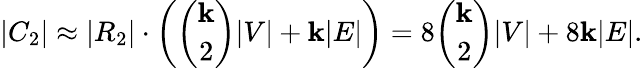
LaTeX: |C_{2}|\approx|R_{2}|\cdot\left(\binom{\mathbf{k}}{2}|V|+\mathbf{k}|E|\right)=8\binom{\mathbf{k}}{2}|V|+8\mathbf{k}|E|.